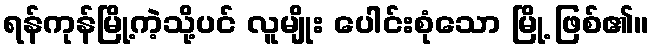
ရန်ကုန်မြို့ကဲ့သို့ပင် လူမျိုး ပေါင်းစုံသော မြို့ ဖြစ်၏။